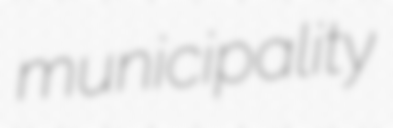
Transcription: municipality